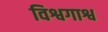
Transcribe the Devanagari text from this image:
विश्वगाश्व